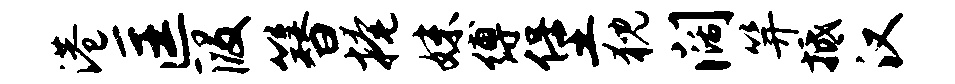
港匡段簪掩妹缚堡猊阔笄抵汉